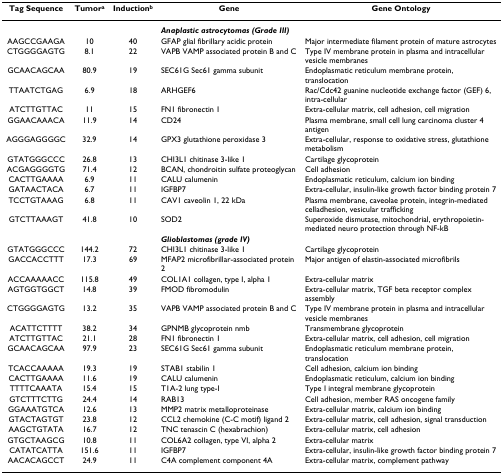
<table><thead><tr><td><b>Tag Sequence</b></td><td><b>Tumor<sup>a</sup></b></td><td><b>Induction<sup>b</sup></b></td><td><b>Gene</b></td><td><b>Gene Ontology</b></td></tr></thead><tbody><tr><td></td><td></td><td></td><td><b><i>Anaplastic astrocytomas (Grade III)</i></b></td><td></td></tr><tr><td>AAGCCGAAGA</td><td>10</td><td>40</td><td>GFAP glial fibrillary acidic protein</td><td>Major intermediate filament protein of mature astrocytes</td></tr><tr><td>CTGGGGAGTG</td><td>8.1</td><td>22</td><td>VAPB VAMP associated protein B and C</td><td>Type IV membrane protein in plasma and intracellular vesicle membranes</td></tr><tr><td>GCAACAGCAA</td><td>80.9</td><td>19</td><td>SEC61G Sec61 gamma subunit</td><td>Endoplasmatic reticulum membrane protein, translocation</td></tr><tr><td>TTAATCTGAG</td><td>6.9</td><td>18</td><td>ARHGEF6</td><td>Rac/Cdc42 guanine nucleotide exchange factor (GEF) 6, intra-cellular</td></tr><tr><td>ATCTTGTTAC</td><td>11</td><td>15</td><td>FN1 fibronectin 1</td><td>Extra-cellular matrix, cell adhesion, cell migration</td></tr><tr><td>GGAACAAACA</td><td>11.9</td><td>14</td><td>CD24</td><td>Plasma membrane, small cell lung carcinoma cluster 4 antigen</td></tr><tr><td>AGGGAGGGGC</td><td>32.9</td><td>14</td><td>GPX3 glutathione peroxidase 3</td><td>Extra-cellular, response to oxidative stress, glutathione metabolism</td></tr><tr><td>GTATGGGCCC</td><td>26.8</td><td>13</td><td>CHI3L1 chitinase 3-like 1</td><td>Cartilage glycoprotein</td></tr><tr><td>ACGAGGGGTG</td><td>71.4</td><td>12</td><td>BCAN, chondroitin sulfate proteoglycan</td><td>Cell adhesion</td></tr><tr><td>CACTTGAAAA</td><td>6.9</td><td>11</td><td>CALU calumenin</td><td>Endoplasmatic reticulum, calcium ion binding</td></tr><tr><td>GATAACTACA</td><td>6.7</td><td>11</td><td>IGFBP7</td><td>Extra-cellular, insulin-like growth factor binding protein 7</td></tr><tr><td>TCCTGTAAAG</td><td>6.8</td><td>11</td><td>CAV1 caveolin 1, 22 kDa</td><td>Plasma membrane, caveolae protein, integrin-mediated celladhesion, vesicular trafficking</td></tr><tr><td>GTCTTAAAGT</td><td>41.8</td><td>10</td><td>SOD2</td><td>Superoxide dismutase, mitochondrial, erythropoietin-mediated neuro protection through NF-kB</td></tr><tr><td></td><td></td><td></td><td><b><i>Glioblastomas (grade IV)</i></b></td><td></td></tr><tr><td>GTATGGGCCC</td><td>144.2</td><td>72</td><td>CHI3L1 chitinase 3-like 1</td><td>Cartilage glycoprotein</td></tr><tr><td>GACCACCTTT</td><td>17.3</td><td>69</td><td>MFAP2 microfibrillar-associated protein 2</td><td>Major antigen of elastin-associated microfibrils</td></tr><tr><td>ACCAAAAACC</td><td>115.8</td><td>49</td><td>COL1A1 collagen, type I, alpha 1</td><td>Extra-cellular matrix</td></tr><tr><td>AGTGGTGGCT</td><td>14.8</td><td>39</td><td>FMOD fibromodulin</td><td>Extra-cellular matrix, TGF beta receptor complex assembly</td></tr><tr><td>CTGGGGAGTG</td><td>13.2</td><td>35</td><td>VAPB VAMP associated protein B and C</td><td>Type IV membrane protein in plasma and intracellular vesicle membranes</td></tr><tr><td>ACATTCTTTT</td><td>38.2</td><td>34</td><td>GPNMB glycoprotein nmb</td><td>Transmembrane glycoprotein</td></tr><tr><td>ATCTTGTTAC</td><td>21.1</td><td>28</td><td>FN1 fibronectin 1</td><td>Extra-cellular matrix, cell adhesion, cell migration</td></tr><tr><td>GCAACAGCAA</td><td>97.9</td><td>23</td><td>SEC61G Sec61 gamma subunit</td><td>Endoplasmatic reticulum membrane protein, translocation</td></tr><tr><td>TCACCAAAAA</td><td>19.3</td><td>19</td><td>STAB1 stabilin 1</td><td>Cell adhesion, calcium ion binding</td></tr><tr><td>CACTTGAAAA</td><td>11.6</td><td>19</td><td>CALU calumenin</td><td>Endoplasmatic reticulum, calcium ion binding</td></tr><tr><td>TTTTCAAATA</td><td>15.4</td><td>15</td><td>T1A-2 lung type-I</td><td>Type I integral membrane glycoprotein</td></tr><tr><td>GTCTTTCTTG</td><td>24.4</td><td>14</td><td>RAB13</td><td>Cell adhesion, member RAS oncogene family</td></tr><tr><td>GGAAATGTCA</td><td>12.6</td><td>13</td><td>MMP2 matrix metalloproteinase</td><td>Extra-cellular matrix, calcium ion binding</td></tr><tr><td>GTACTAGTGT</td><td>23.8</td><td>12</td><td>CCL2 chemokine (C-C motif) ligand 2</td><td>Extra-cellular matrix, cell adhesion, signal transduction</td></tr><tr><td>AAGCTGTATA</td><td>16.7</td><td>12</td><td>TNC tenascin C (hexabrachion)</td><td>Extra-cellular matrix, cell adhesion</td></tr><tr><td>GTGCTAAGCG</td><td>10.8</td><td>11</td><td>COL6A2 collagen, type VI, alpha 2</td><td>Extra-cellular matrix</td></tr><tr><td>CATATCATTA</td><td>151.6</td><td>11</td><td>IGFBP7</td><td>Extra-cellular, insulin-like growth factor binding protein 7</td></tr><tr><td>AACACAGCCT</td><td>24.9</td><td>11</td><td>C4A complement component 4A</td><td>Extra-cellular matrix, complement pathway</td></tr></tbody></table>